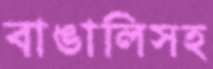
বাঙালিসহ